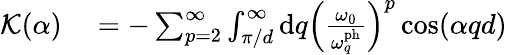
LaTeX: \begin{array}{rl}{\mathcal{K}(\alpha)}&{{}=-\sum_{p=2}^{\infty}\int_{\pi/d}^{\infty}\mathrm{d}q\left(\frac{\omega_{0}}{\omega_{q}^{\mathrm{ph}}}\right)^{p}\cos(\alpha qd)}\end{array}